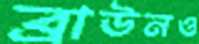
ব্রাউনও